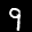
Label: 9